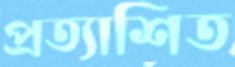
প্রত্যাশিত